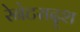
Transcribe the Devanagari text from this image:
रेनेटसदृश